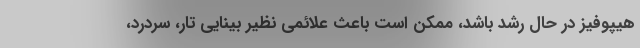
هیپوفیز در حال رشد باشد، ممکن است باعث علائمی نظیر بینایی تار، سردرد،